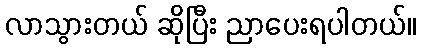
လာသွားတယ် ဆိုပြီး ညာပေးရပါတယ်။